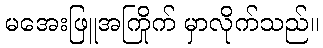
မအေးဖြူအကြိုက် မှာလိုက်သည်။